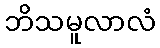
ဘိသမူလာလံ